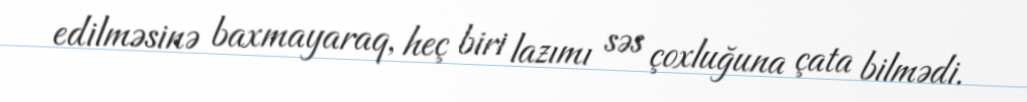
edilməsinə baxmayaraq, heç biri lazımı səs çoxluğuna çata bilmədi.